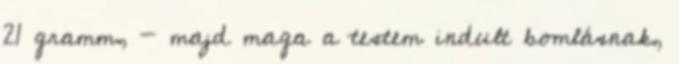
21 gramm, - majd maga a testem indult bomlásnak,